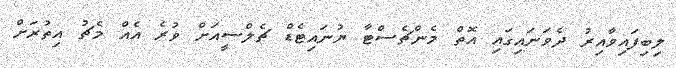
ލިބިފައިވާއިރު ދެވަނައިގައި އޮތް މެންޗެސްޓާ ޔުނައިޓެޑް ޗެލްސީއަށް ވުރެ އެއް މެޗު އިތުރަށް